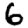
Digit: 6